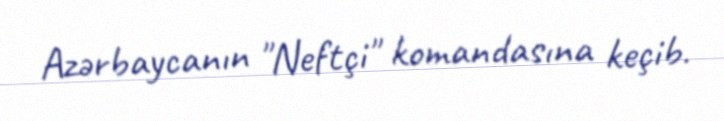
Azərbaycanın "Neftçi" komandasına keçib.